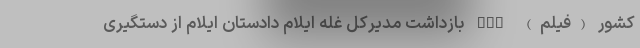
کشور (فیلم) nan بازداشت مدیرکل غله ایلام دادستان ایلام از دستگیری